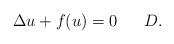
LaTeX: \begin{align*} \Delta u+f(u)=0\ \ \ \ \ D. \end{align*}